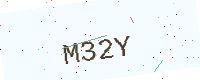
Text: M32Y